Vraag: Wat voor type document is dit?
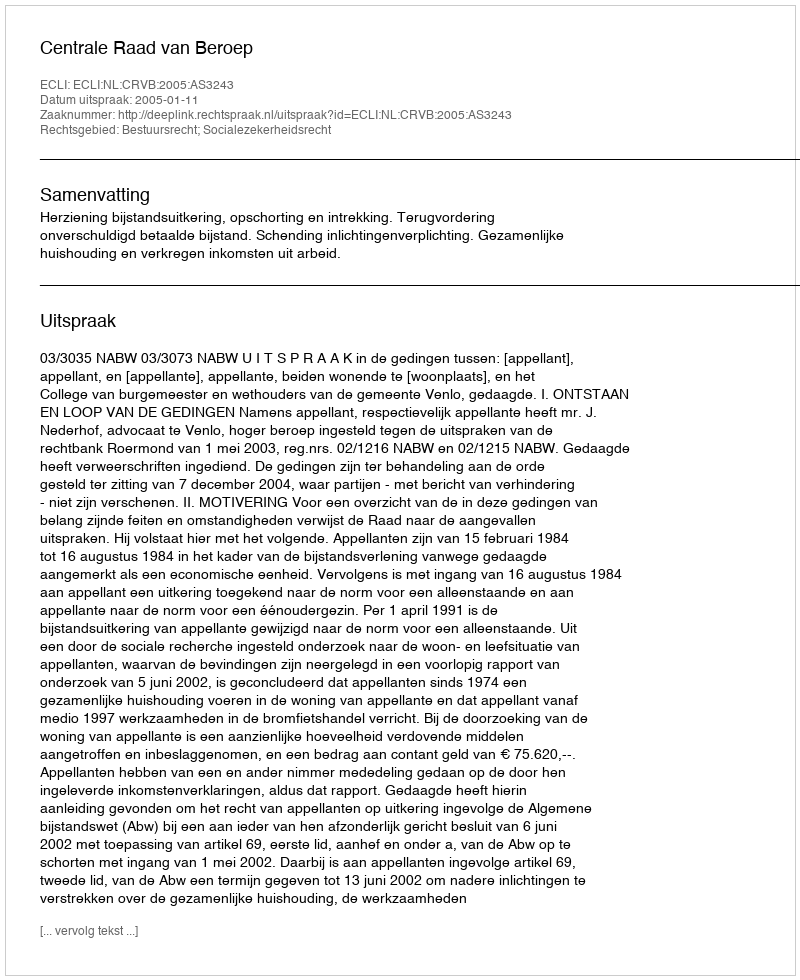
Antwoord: Uitspraak